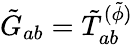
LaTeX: \tilde{G}_{ab}=\tilde{T}_{ab}^{(\tilde{\phi})}